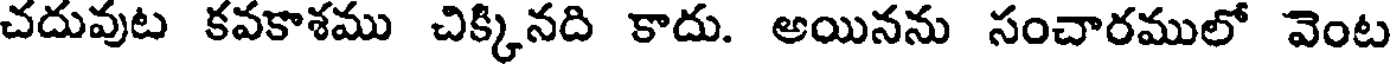
చదువుట కవకాశము చిక్కినది కాదు. అయినను సంచారములో వెంట